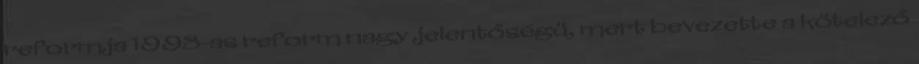
reformja 1998-as reform nagy jelentőségü, mert bevezette a kötelező